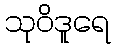
သုဝိဒူရေ